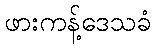
ဖားကန့်ဒေသခံ